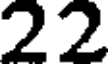
22